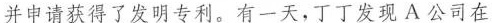
并申请获得了发明专利。有一天，丁丁发现A公司在